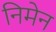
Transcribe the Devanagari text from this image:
निमेन